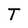
Character: T